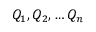
Q _ { 1 } , Q _ { 2 } , \dots Q _ { n }